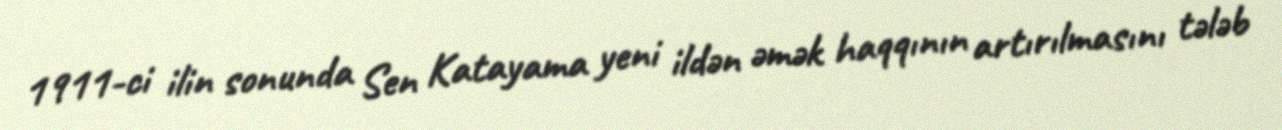
1911-ci ilin sonunda Sen Katayama yeni ildən əmək haqqının artırılmasını tələb